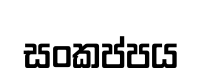
සංකප්පය